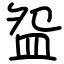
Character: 盌